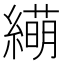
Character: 𫄁